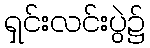
ရှင်းလင်းပွဲ၌